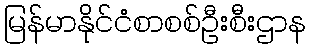
မြန်မာနိုင်ငံစာစစ်ဦးစီးဌာန